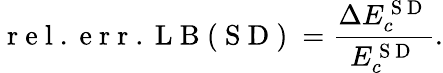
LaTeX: \mathrm{~r~e~l~.~e~r~r~.~L~B~(~S~D~)~}=\frac{\Delta E_{c}^{\mathrm{~S~D~}}}{E_{c}^{\mathrm{~S~D~}}}.